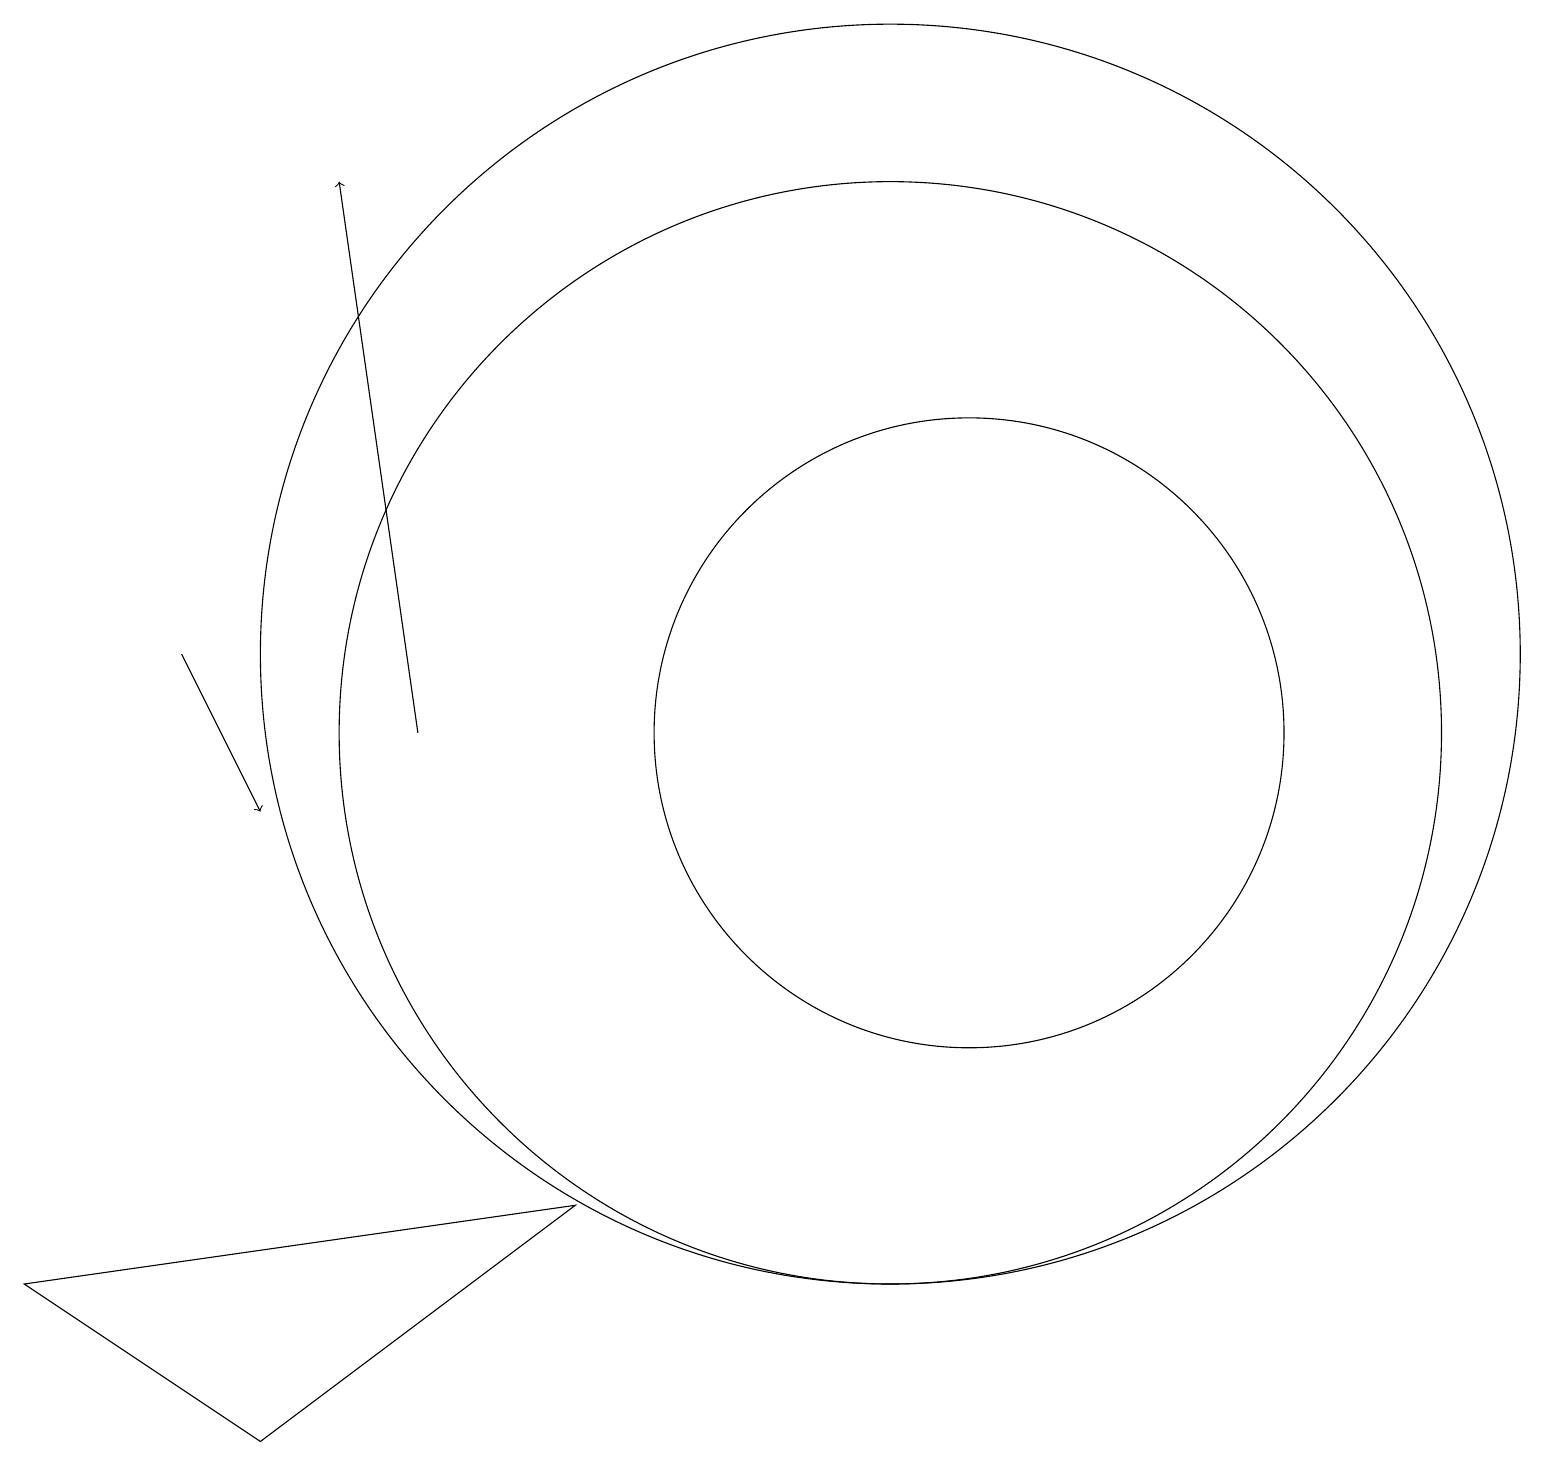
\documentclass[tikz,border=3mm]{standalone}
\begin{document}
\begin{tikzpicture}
\draw (11,12) circle (8);
\draw[->] (5,11) -- (4,18);
\draw (12,11) circle (4);
\draw (3,2) -- (0,4) -- (7,5) -- cycle;
\draw (11,11) circle (7);
\draw[->] (2,12) -- (3,10);
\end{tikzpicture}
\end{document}